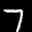
Label: 7